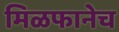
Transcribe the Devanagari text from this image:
मिळफानेच